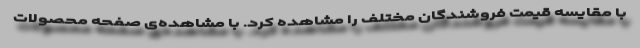
با مقایسه قیمت فروشندگان مختلف را مشاهده کرد. با مشاهده‌ی صفحه محصولات